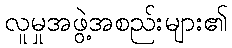
လူမှုအဖွဲ့အစည်းများ၏